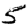
Digit: 5